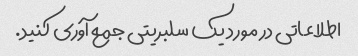
اطلاعاتی در مورد یک سلبریتی جمع آوری کنید.